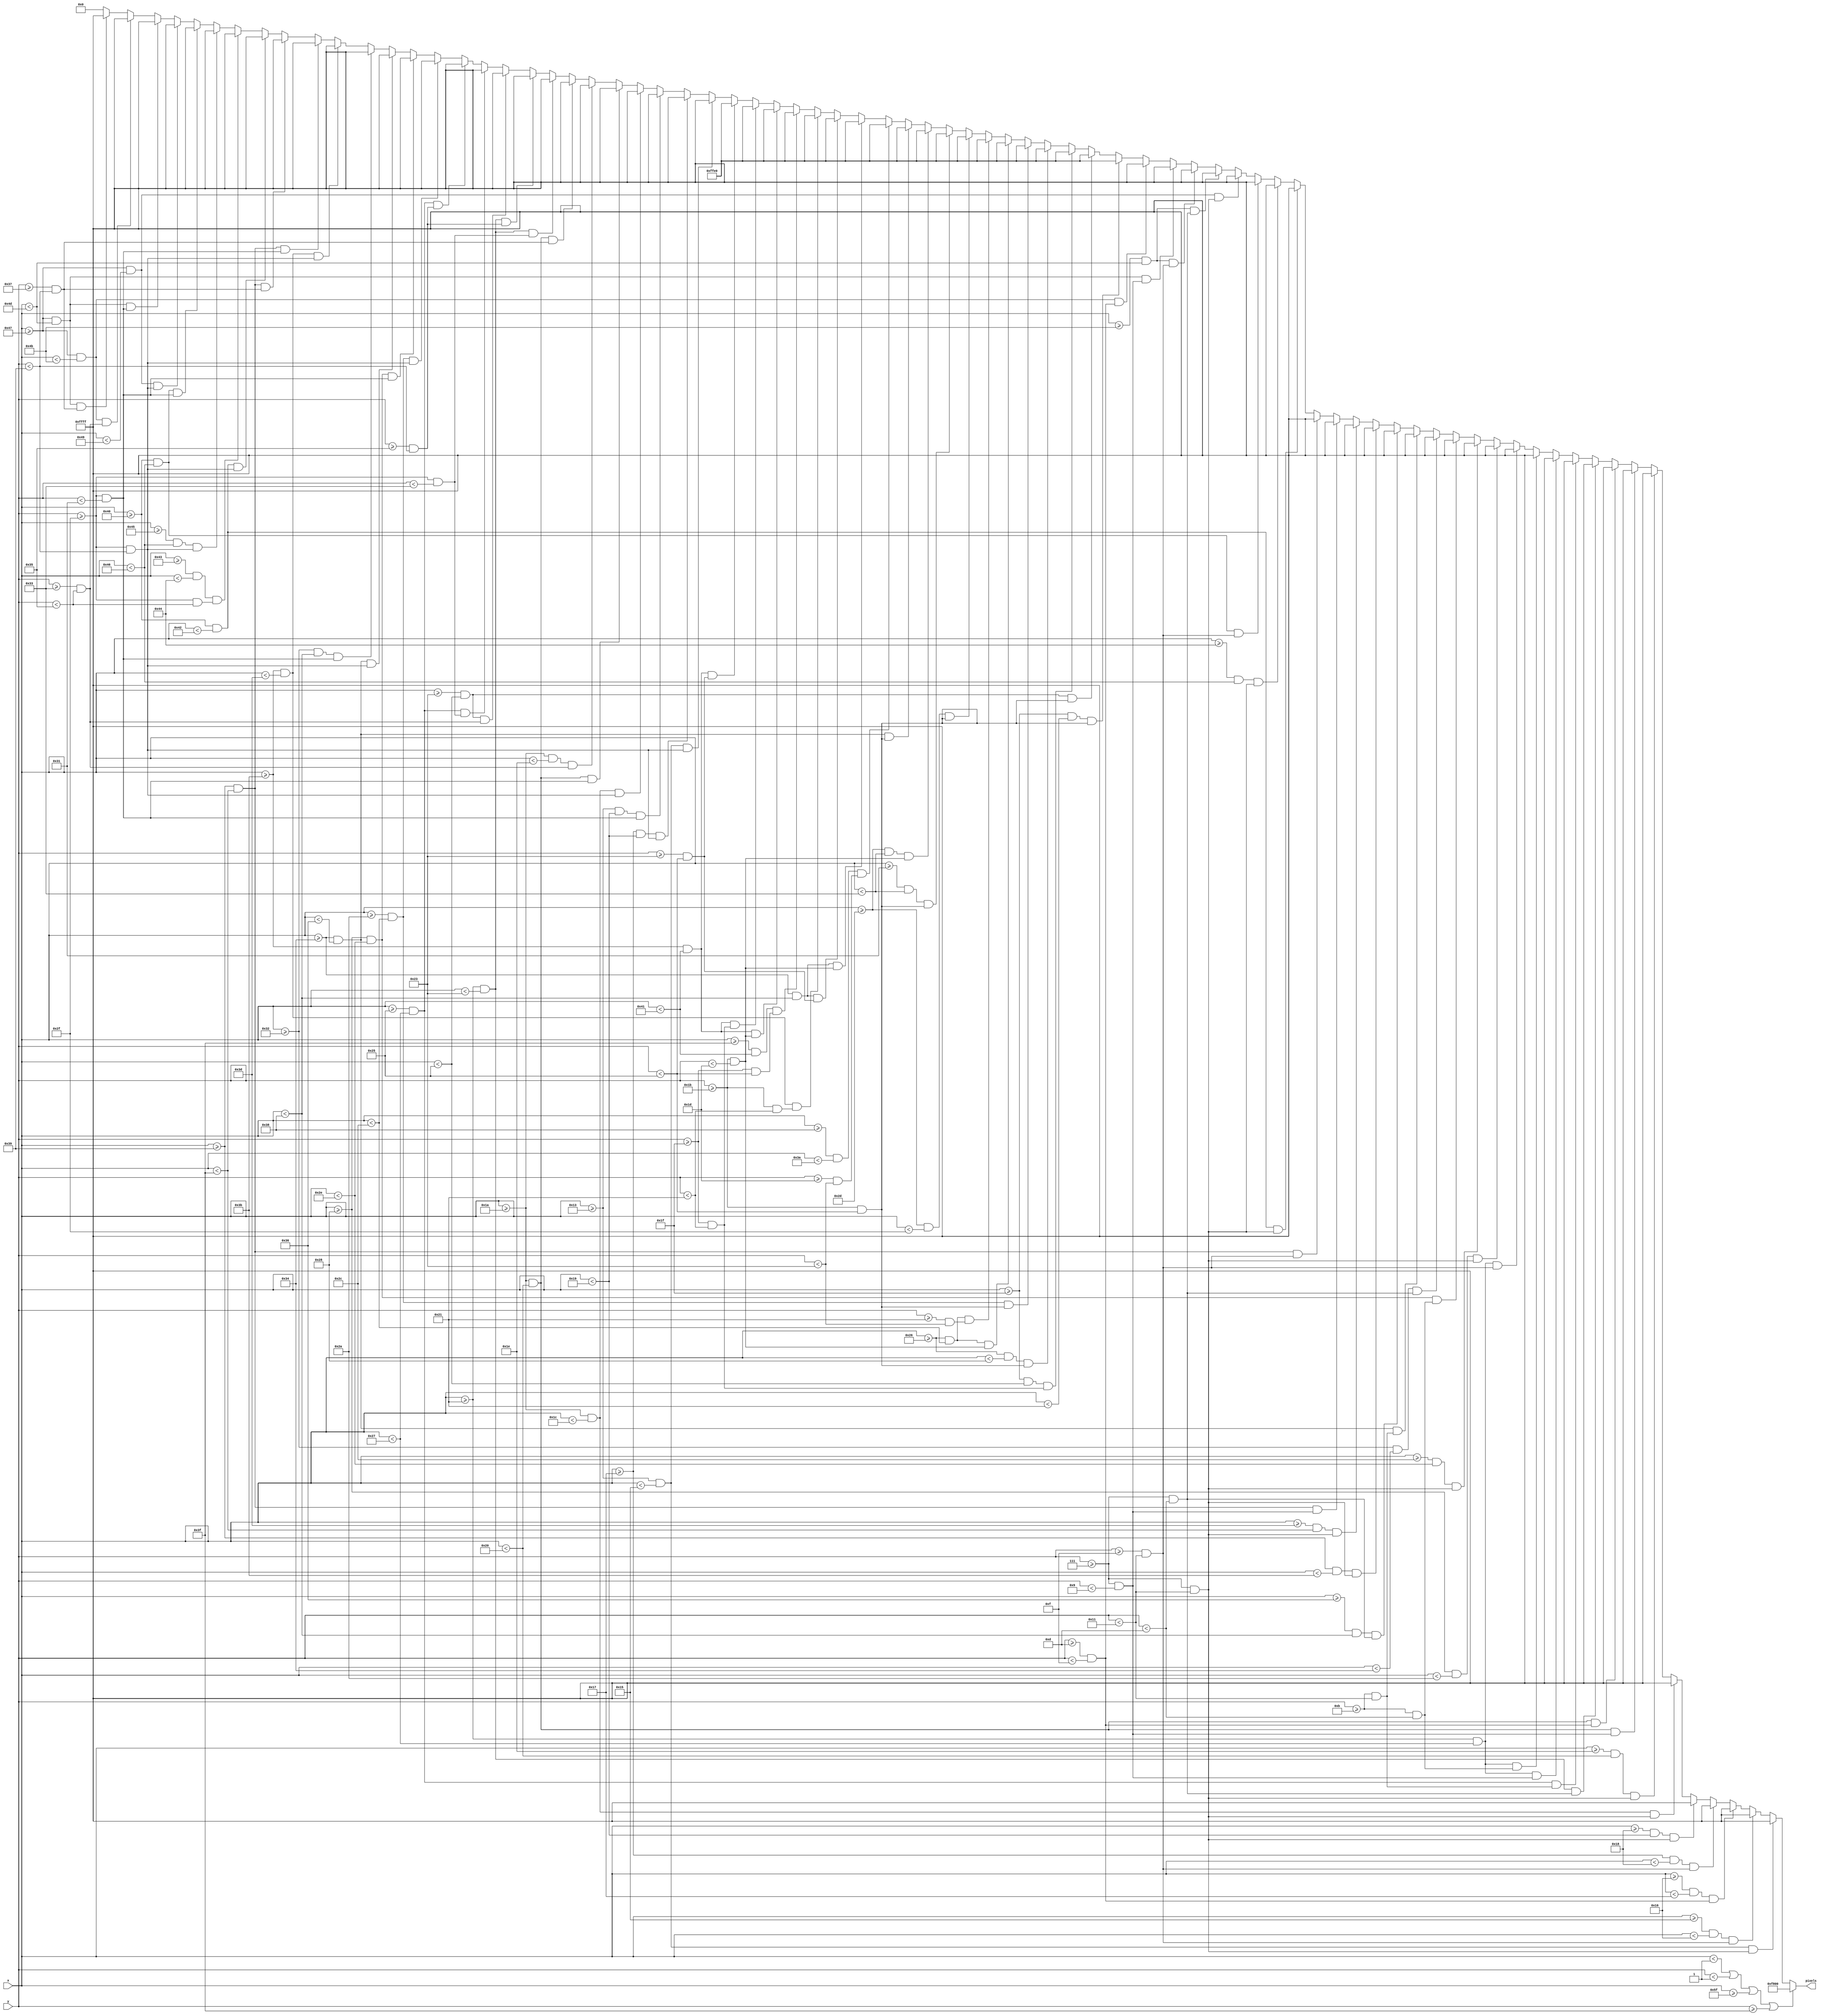
`timescale 1ns / 1ps
//////////////////////////////////////////////////////////////////////////////////
// Company: 
// Engineer: 
// 
// Design Name: 
// Module Name: m1_death_scrn
// Project Name: 
// Target Devices: 
// Tool Versions: 
// Description: 
// 
// Dependencies: 
// 
// Revision:
// Revision 0.01 - File Created
// Additional Comments:
// 
//////////////////////////////////////////////////////////////////////////////////


module m1_death_scrn(
    input [6:0] x,
    input [5:0] y,
    output reg [15:0] pixels
    );
    
    always @ (*) begin
             if (x < 1 || y < 1 || x >= 95 || y >= 63)                  pixels = 16'hF800;

//        m1 death
        else if ((x >= 19 && x < 19+2)   && (y >= 7 && y < 7+10))       pixels = 16'hFFFF;
        else if ((x >= 19+2 && x < 19+3) && (y >= 7+8 && y < 7+10))     pixels = 16'hFFFF;
        else if ((x >= 19+3 && x < 19+4) && (y >= 7+6 && y < 7+8))      pixels = 16'hFFFF;
        else if ((x >= 19+4 && x < 19+5) && (y >= 7+8 && y < 7+10))     pixels = 16'hFFFF;
        else if ((x >= 19+5 && x < 19+6) && (y >= 7 && y < 7+10))       pixels = 16'hFFFF;
        else if ((x >= 26 && x < 26+2)   && (y >= 7 && y < 7+10))       pixels = 16'hFFFF;
        else if ((x >= 26+4 && x < 26+6) && (y >= 7 && y < 7+10))       pixels = 16'hFFFF;
        else if ((x >= 26 && x < 26+6)   && (y >= 7 && y < 7+2))        pixels = 16'hFFFF;
        else if ((x >= 26 && x < 26+6)   && (y >= 7+6 && y < 7+8))      pixels = 16'hFFFF;
        else if ((x >= 33 && x < 33+2)   && (y >= 7 && y < 7+6))        pixels = 16'hFFFF;
        else if ((x >= 33+4 && x < 33+6) && (y >= 7+4 && y < 7+10))     pixels = 16'hFFFF;
        else if ((x >= 33 && x < 33+6)   && (y >= 7 && y < 7+2))        pixels = 16'hFFFF;
        else if ((x >= 33 && x < 33+6)   && (y >= 7+4 && y < 7+6))      pixels = 16'hFFFF;
        else if ((x >= 33 && x < 33+6)   && (y >= 7+8 && y < 7+10))     pixels = 16'hFFFF;
        else if ((x >= 40 && x < 40+2)   && (y >= 7 && y < 7+10))       pixels = 16'hFFFF;
        else if ((x >= 40+4 && x < 40+6) && (y >= 7 && y < 7+10))       pixels = 16'hFFFF;
        else if ((x >= 40 && x < 40+6)   && (y >= 7+4 && y < 7+6))      pixels = 16'hFFFF;
        else if ((x >= 50   && x < 50+2) && (y >= 7   && y < 7+6))      pixels = 16'hFFFF;
        else if ((x >= 50+2 && x < 50+4) && (y >= 7+4 && y < 7+10))     pixels = 16'hFFFF;
        else if ((x >= 50+4 && x < 50+6) && (y >= 7   && y < 7+6))      pixels = 16'hFFFF;
        else if ((x >= 57 && x < 57+2)   && (y >= 7 && y < 7+10))       pixels = 16'hFFFF;
        else if ((x >= 57+4 && x < 57+6) && (y >= 7 && y < 7+10))       pixels = 16'hFFFF;
        else if ((x >= 57 && x < 57+6)   && (y >= 7 && y < 7+2))        pixels = 16'hFFFF;
        else if ((x >= 57 && x < 57+6)   && (y >= 7+8 && y < 7+10))     pixels = 16'hFFFF;
        else if ((x >= 64 && x < 64+2)   && (y >= 7 && y < 7+10))       pixels = 16'hFFFF;
        else if ((x >= 64+4 && x < 64+6) && (y >= 7 && y < 7+10))       pixels = 16'hFFFF;
        else if ((x >= 64 && x < 64+6)   && (y >= 7+8 && y < 7+10))     pixels = 16'hFFFF;
        else if ((x >= 71 && x < 71+2)   && (y >= 7 && y < 7+10))       pixels = 16'hFFFF;
        else if ((x >= 71+4 && x < 71+6) && (y >= 7 && y < 7+6))        pixels = 16'hFFFF;
        else if ((x >= 71+4 && x < 71+6) && (y >= 7+8 && y < 7+10))     pixels = 16'hFFFF;
        else if ((x >= 71 && x < 71+6)   && (y >= 7 && y < 7+2))        pixels = 16'hFFFF;
        else if ((x >= 71 && x < 71+4)   && (y >= 7+6 && y < 7+8))      pixels = 16'hFFFF;
        else if ((x >= 31 && x < 31+2)   && (y >= 27 && y < 27+10))     pixels = 16'hFFE0;
        else if ((x >= 31+4 && x < 31+6) && (y >= 27 && y < 27+10))     pixels = 16'hFFE0;
        else if ((x >= 31 && x < 31+6)   && (y >= 27+4 && y < 27+6))    pixels = 16'hFFE0;
        else if ((x >= 38 && x < 38+2)   && (y >= 27 && y < 27+10))     pixels = 16'hFFE0;
        else if ((x >= 38+4 && x < 38+6) && (y >= 27 && y < 27+10))     pixels = 16'hFFE0;
        else if ((x >= 38 && x < 38+6)   && (y >= 27 && y < 27+2))      pixels = 16'hFFE0;
        else if ((x >= 38 && x < 38+6)   && (y >= 27+6 && y < 27+8))    pixels = 16'hFFE0;
        else if ((x >= 45 && x < 45+2)   && (y >= 27 && y < 27+10))     pixels = 16'hFFE0;
        else if ((x >= 45+4 && x < 45+6) && (y >= 27 && y < 27+10))     pixels = 16'hFFE0;
        else if ((x >= 45 && x < 45+6)   && (y >= 27 && y < 27+2))      pixels = 16'hFFE0;
        else if ((x >= 52 && x < 52+2)   && (y >= 27 && y < 27+10))     pixels = 16'hFFE0;
        else if ((x >= 52+4 && x < 52+6) && (y >= 27+2 && y < 27+8))    pixels = 16'hFFE0;
        else if ((x >= 52 && x < 52+4)   && (y >= 27 && y < 27+2))      pixels = 16'hFFE0;
        else if ((x >= 52 && x < 52+4)   && (y >= 27+8 && y < 27+10))   pixels = 16'hFFE0;
        else if ((x >= 59 && x < 59+2)   && (y >= 27 && y < 27+6))      pixels = 16'hFFE0;
        else if ((x >= 59+4 && x < 59+6) && (y >= 27+4 && y < 27+10))   pixels = 16'hFFE0;
        else if ((x >= 59 && x < 59+6)   && (y >= 27 && y < 27+2))      pixels = 16'hFFE0;
        else if ((x >= 59 && x < 59+6)   && (y >= 27+4 && y < 27+6))    pixels = 16'hFFE0;
        else if ((x >= 59 && x < 59+6)   && (y >= 27+8 && y < 27+10))   pixels = 16'hFFE0;
        else if ((x >= 19 && x < 19+2)   && (y >= 47 && y < 47+10))     pixels = 16'hFFFF;
        else if ((x >= 19+4 && x < 19+6) && (y >= 47 && y < 47+10))     pixels = 16'hFFFF;
        else if ((x >= 19 && x < 19+6)   && (y >= 47 && y < 47+2))      pixels = 16'hFFFF;
        else if ((x >= 26 && x < 26+2)   && (y >= 47 && y < 47+10))     pixels = 16'hFFFF;
        else if ((x >= 26 && x < 26+6)   && (y >= 47 && y < 47+2))      pixels = 16'hFFFF;
        else if ((x >= 26 && x < 26+4)   && (y >= 47+4 && y < 47+6))    pixels = 16'hFFFF;
        else if ((x >= 26 && x < 26+6)   && (y >= 47+8 && y < 47+10))   pixels = 16'hFFFF;
        else if ((x >= 33 && x < 33+2) && (y >= 47 && y < 47+4))        pixels = 16'hFFFF;
        else if ((x >= 33 && x < 33+2) && (y >= 47+6 && y < 47+10))     pixels = 16'hFFFF;
        else if ((x >= 33+2 && x < 33+4) && (y >= 47+4 && y < 47+6))    pixels = 16'hFFFF;
        else if ((x >= 33+4 && x < 33+6) && (y >= 47 && y < 47+4))      pixels = 16'hFFFF;
        else if ((x >= 33+4 && x < 33+6) && (y >= 47+6 && y < 47+10))   pixels = 16'hFFFF;
        else if ((x >= 40+2 && x < 40+4) && (y >= 47 && y < 47+10))     pixels = 16'hFFFF;
        else if ((x >= 40 && x < 40+6)   && (y >= 47 && y < 47+2))      pixels = 16'hFFFF;
        else if ((x >= 50+2 && x < 50+4) && (y >= 47 && y < 47+10))     pixels = 16'hFFFF;
        else if ((x >= 50 && x < 50+6)   && (y >= 47 && y < 47+2))      pixels = 16'hFFFF;
        else if ((x >= 57+2 && x < 57+4) && (y >= 47 && y < 47+10))     pixels = 16'hFFFF;
        else if ((x >= 57 && x < 57+6)   && (y >= 47 && y < 47+2))      pixels = 16'hFFFF;
        else if ((x >= 57 && x < 57+6)   && (y >= 47+8 && y < 47+10))   pixels = 16'hFFFF;
        else if ((x >= 64 && x < 64+2)   && (y >= 47 && y < 47+10))     pixels = 16'hFFFF;
        else if ((x >= 64+3 && x < 64+4) && (y >= 47 && y < 47+6))      pixels = 16'hFFFF;
        else if ((x >= 64+5 && x < 64+6) && (y >= 47 && y < 47+10))     pixels = 16'hFFFF;
        else if ((x >= 64 && x < 64+6)   && (y >= 47 && y < 47+2))      pixels = 16'hFFFF;
        else if ((x >= 71 && x < 71+2)   && (y >= 47 && y < 47+10))     pixels = 16'hFFFF;
        else if ((x >= 71 && x < 71+6)   && (y >= 47 && y < 47+2))      pixels = 16'hFFFF;
        else if ((x >= 71 && x < 71+4)   && (y >= 47+4 && y < 47+6))    pixels = 16'hFFFF;
        else if ((x >= 71 && x < 71+6)   && (y >= 47+8 && y < 47+10))   pixels = 16'hFFFF;
        else pixels = 16'h0000;
    end

endmodule